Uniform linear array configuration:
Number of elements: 64
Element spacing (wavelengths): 1
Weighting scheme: hann
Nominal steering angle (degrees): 0
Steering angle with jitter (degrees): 1.522
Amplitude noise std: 0.05
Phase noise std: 0.05

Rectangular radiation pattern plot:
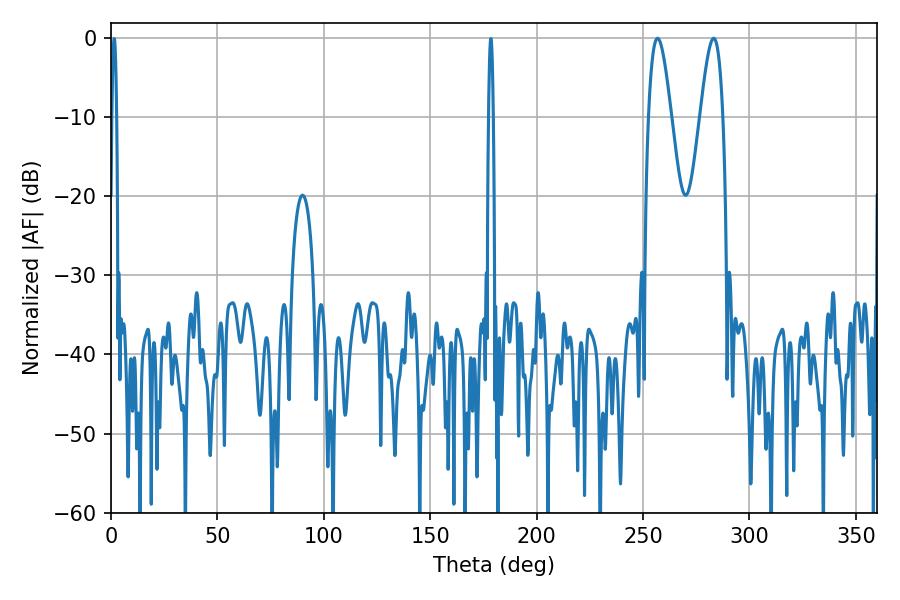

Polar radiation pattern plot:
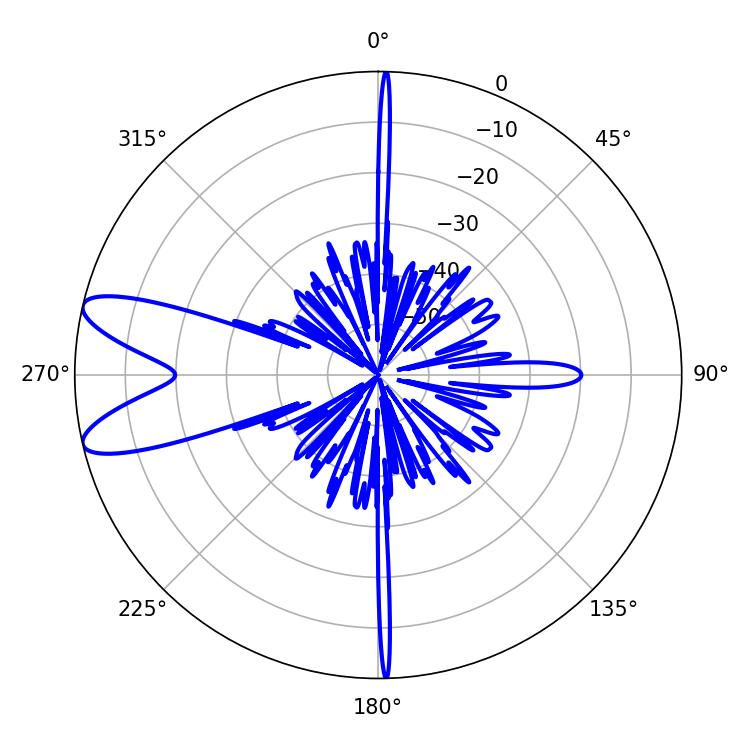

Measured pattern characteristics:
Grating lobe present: TRUE
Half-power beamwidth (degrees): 5.58
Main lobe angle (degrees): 256.86